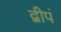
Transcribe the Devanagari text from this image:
द्वीपं